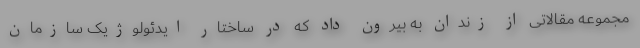
مجموعه مقالاتی از زندان به بیرون داد که در ساختار ایدئولوژیک سازمان